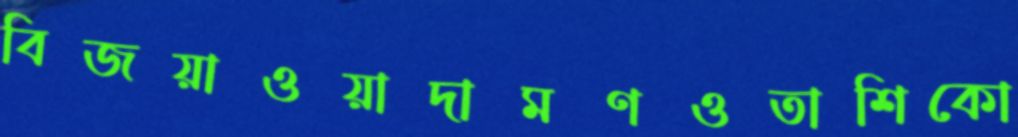
বিজয়াওয়াদামণওতাশিকো